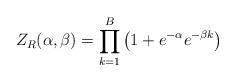
LaTeX: \begin{align*}{}Z_R(\alpha, \beta) = \prod_{k=1}^{B} \left( 1+e^{-\alpha} e^{-\beta k} \right )\end{align*}